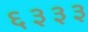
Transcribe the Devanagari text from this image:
६३३३